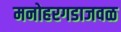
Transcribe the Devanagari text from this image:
मनोहरगडाजवळ